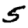
Digit: 5